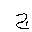
Letter: _gim